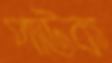
পাউক